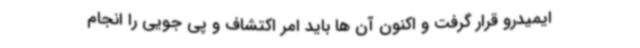
ایمیدرو قرار گرفت و اکنون آن ها باید امر اکتشاف و پی جویی را انجام